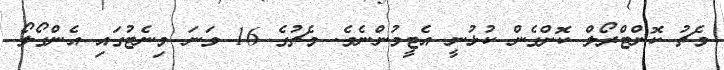
މެޗު ކޮންޓްރޯލް ކޮށްގެން ކުޅުނީ އެޓީމުންނެވެ. މެޗުގެ 16 ވަނަ މިނެޓުގައި އެންގޯލޯ